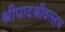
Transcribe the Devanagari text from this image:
श्रीपादश्रीवल्लभ